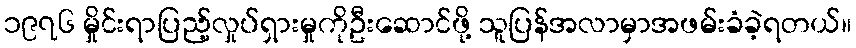
၁၉၇၆ မှိုင်းရာပြည့်လှုပ်ရှားမှုကိုဦးဆောင်ဖို့ သူပြန်အလာမှာအဖမ်းခံခဲ့ရတယ်။